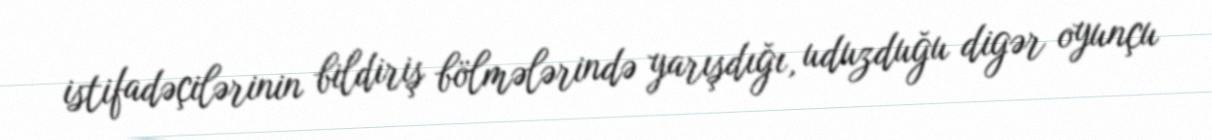
istifadəçilərinin bildiriş bölmələrində yarışdığı, uduzduğu digər oyunçu